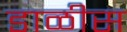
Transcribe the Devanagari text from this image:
डाळीस